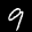
Label: 9